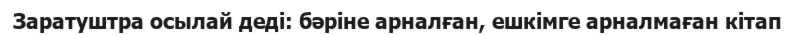
Заратуштра осылай деді: бәріне арналған, ешкімге арналмаған кітап